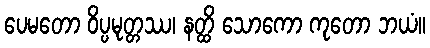
ပေမတော ဝိပ္ပမုတ္တဿ၊ နတ္ထိ သောကော ကုတော ဘယံ။